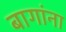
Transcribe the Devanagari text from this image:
बागांना